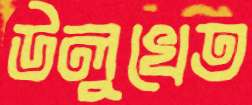
উলুখেত